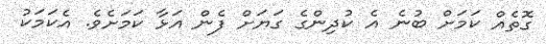
ގޮތެއް ކަމަށް ބުނެ އެ ކުދިންގެ ގަޔަށް ފެން އަޅާ ކަމަށެވެ. އެކަމަކު